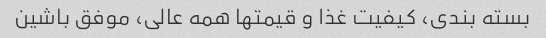
بسته بندی، کیفیت غذا و قیمتها همه عالی، موفق باشین